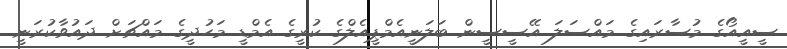
ސީއީއޯގެ މުސާރައިގެ މައްސަލަ އޭސީސީން ބަލަނީއެމްޕީއެލްގެ ކުރީގެ އެމްޑީ މަހުދީގެ މައްޗަށް ދައުވާކުރަނީ